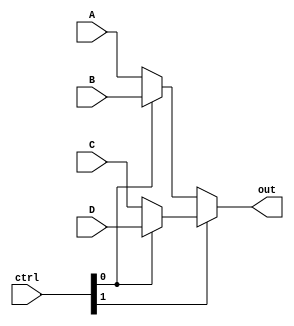
module FOUR_MUX (
    input wire signed [31:0] A,
    input wire signed [31:0] B,
    input wire signed [31:0] C,
    input wire signed [31:0] D,
    input wire [1:0] ctrl,

    output wire signed [31:0] out
    );

    assign out = ctrl[1] ? (ctrl[0] ? D : C) : (ctrl[0] ? B : A);

endmodule

module TWO_MUX (
    input wire signed [31:0] A,
    input wire signed [31:0] B,
    input wire ctrl,

    output wire signed [31:0] out
    );

    assign out = ctrl ? B : A;

endmodule